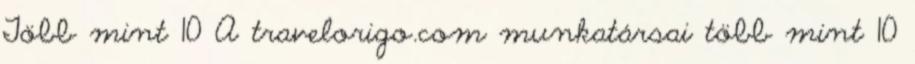
Több mint 10 A travelorigo.com munkatársai több mint 10